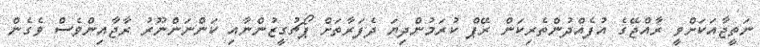
ނަތީޖާއަކަށްވީ ރާއްޖޭގެ އުފެއްދުންތެރިކަން ރޭޕް ކުރަމުންދިޔަ ދެފަރާތަށް ޕޯޗުގީޒުންނާއި ކަންނަންނޫރު ރާޖާއިންވެސް ވެގެން